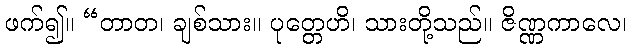
ဖက်၍။ “တာတ၊ ချစ်သား။ ပုတ္တေဟိ၊ သားတို့သည်။ ဇိဏ္ဏကာလေ၊